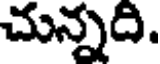
చున్నది.